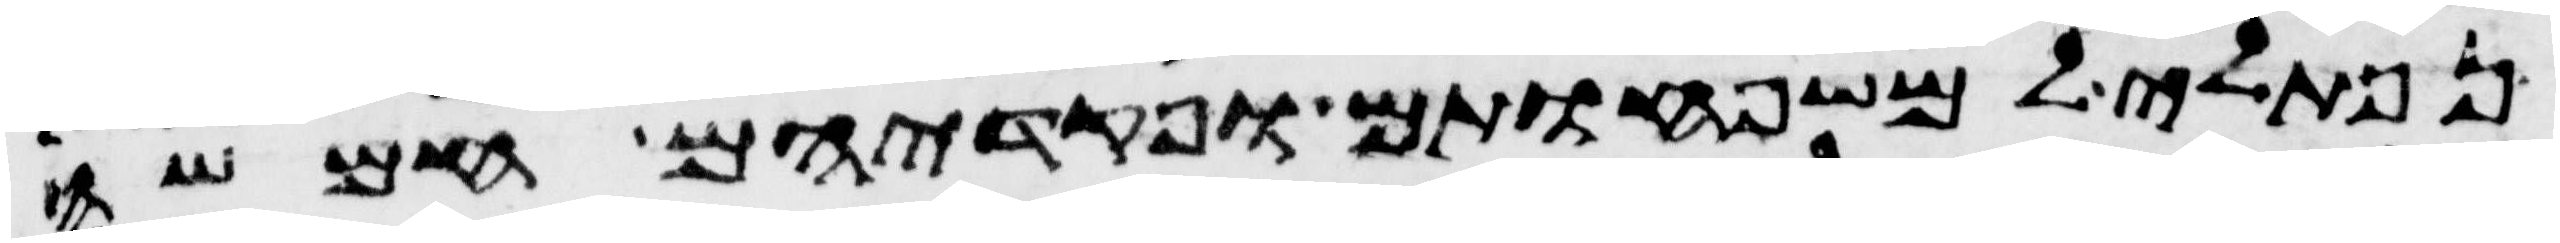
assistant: נפתלי למשפחותם ופקדיהם חמשה